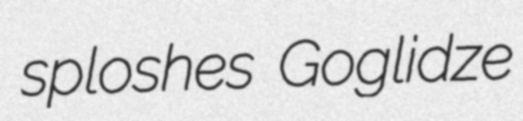
sploshes Goglidze